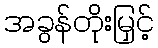
အခွန်တိုးမြှင့်